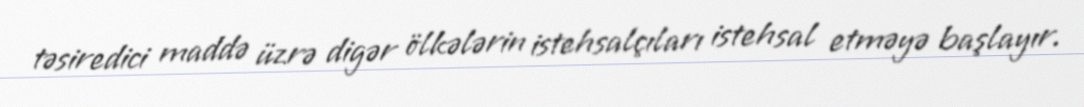
təsiredici maddə üzrə digər ölkələrin istehsalçıları istehsal etməyə başlayır.